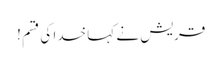
قریش نے کہا خدا کی قسم !